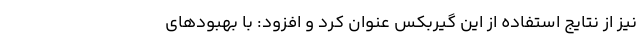
نیز از نتایج استفاده از این گیربکس عنوان کرد و افزود: با بهبودهای